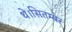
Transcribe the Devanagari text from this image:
थे।सितम्बर